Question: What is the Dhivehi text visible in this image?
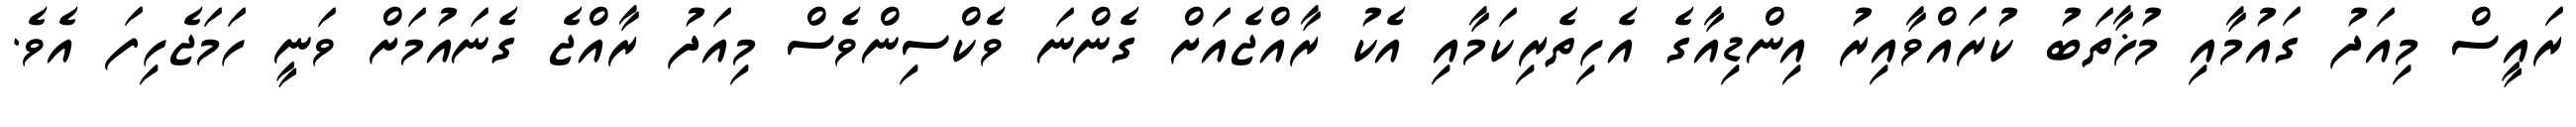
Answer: ރައީސް މިއަދު ގައުމާއި މުޚާތަބު ކުރައްވާއިރު އިންޑިއާގެ އެހިތެރިކަމާއި އެކު ރާއްޖެއަށް ގެންނަ ވެކްސިންވެސް މިއަދު ރާއްޖެ ގެނައުމަށް ވަނީ ހަމަޖެހިފަ އެވެ.